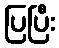
ပြပြီး